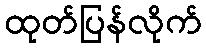
ထုတ်ပြန်လိုက်